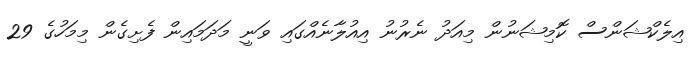
އިލެކްޝަންސް ކޮމިޝަނުން މިއަދު ނެރުނު އިއުލާނެއްގައި ވަނީ މަދަމައިން ފެށިގެން މިމަހުގެ 29